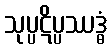
သုပ္ပဋိပ္ပဿဒ္ဓံ